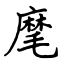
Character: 麾